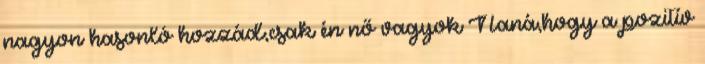
nagyon hasonló hozzád,csak én nő vagyok Naná,hogy a pozitív